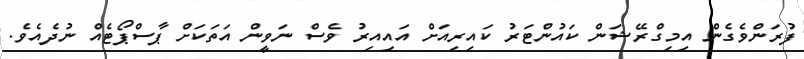
ފުރަންވެގެން އިމިގްރޭޝަން ކައުންޓަރު ކައިރިއަށް އައިއިރު ވެސް ނަވީން އަތަކަށް ޕާސްޕޯޓެއް ނުދެއެވެ.